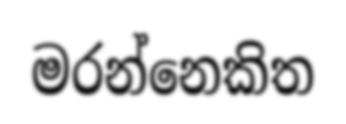
මරන්නෙකිත